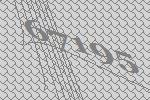
67195